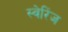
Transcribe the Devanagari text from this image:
स्वेरिंज